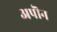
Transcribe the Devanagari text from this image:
अपॊन